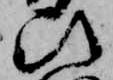
ひ